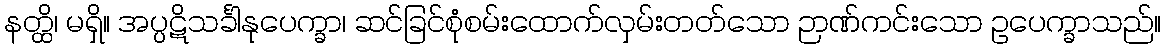
နတ္ထိ၊ မရှိ။ အပ္ပဋိသင်္ခါနုပေက္ခာ၊ ဆင်ခြင်စုံစမ်းထောက်လှမ်းတတ်သော ဉာဏ်ကင်းသော ဥပေက္ခာသည်။